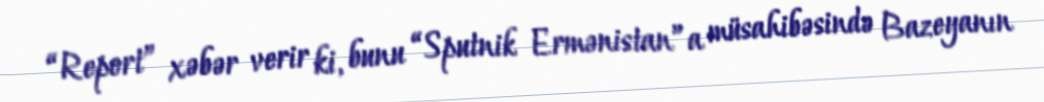
“Report” xəbər verir ki, bunu “Sputnik Ermənistan”a müsahibəsində Bazeyanın